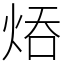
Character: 㶺